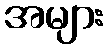
အများ